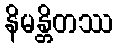
နိမန္တိတဿ